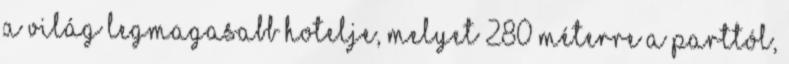
a világ legmagasabb hotelje, melyet 280 méterre a parttól,